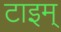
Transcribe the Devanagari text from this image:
टाइम्